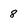
Character: 8